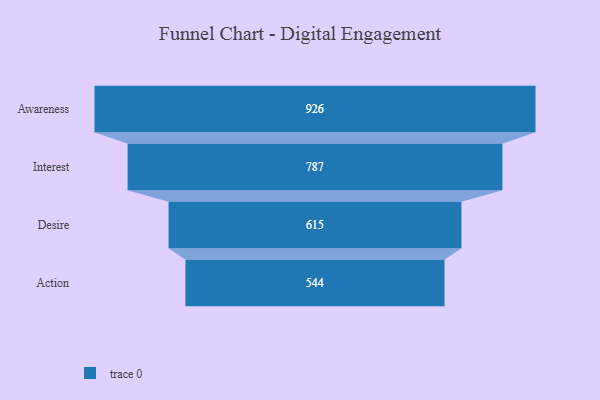
{"axis": {"x": "Stage", "y": "Value"}, "legend": [""], "data": [{"x": "Awareness", "y": 926.0, "type": ""}, {"x": "Interest", "y": 787.0, "type": ""}, {"x": "Desire", "y": 615.0, "type": ""}, {"x": "Action", "y": 544.0, "type": ""}]}